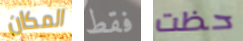
المكان فقط حظت